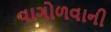
વાગોળવાની